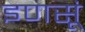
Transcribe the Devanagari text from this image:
इणसूं